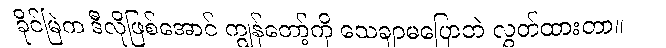
ခိုင်မြဲက ဒီလိုဖြစ်အောင် ကျွန်တော့်ကို သေချာမပြောဘဲ လွှတ်ထားတာ။